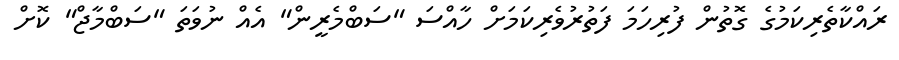
ރައްކާތެރިކަމުގެ ގޮތުން ފުރިހަމަ ފަތުރުވެރިކަމަށް ހާއްސަ "ސަބްމެރީން" އެއް ނުވަތަ "ސަބްމާޖް" ކޮށް